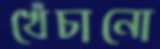
খেঁচানো